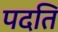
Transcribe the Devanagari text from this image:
पदति